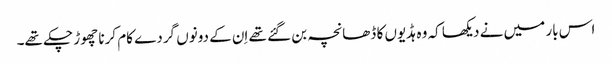
اس بار میں نے دیکھا کہ وہ ہڈیوں کا ڈھانچہ بن گئے تھے اِن کے دونوں گردے کام کرنا چھوڑ چکے تھے۔